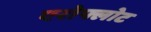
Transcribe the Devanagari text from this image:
एरोफ्लोट